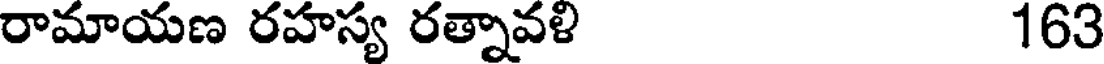
రామాయణ రహస్య రత్నావళి 163